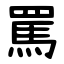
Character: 罵